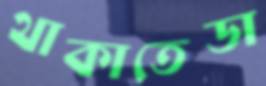
থাকাতেডা